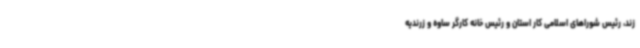
زند، رئیس شوراهای اسلامی کار استان و رئیس خانه کارگر ساوه و زرندیه